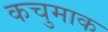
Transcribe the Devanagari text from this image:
कचुमाक